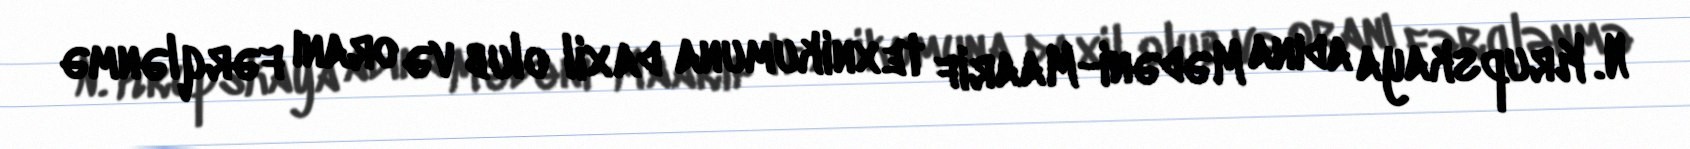
N. Krupskaya adına Mədəni-Maarif texnikumuna daxil olub və oranı fərqlənmə